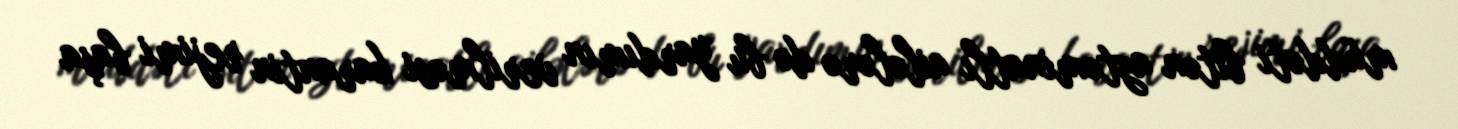
müddəti bitən aztəminatlı ailələrə də bu yardımın verilməsi karantin rejimi başa